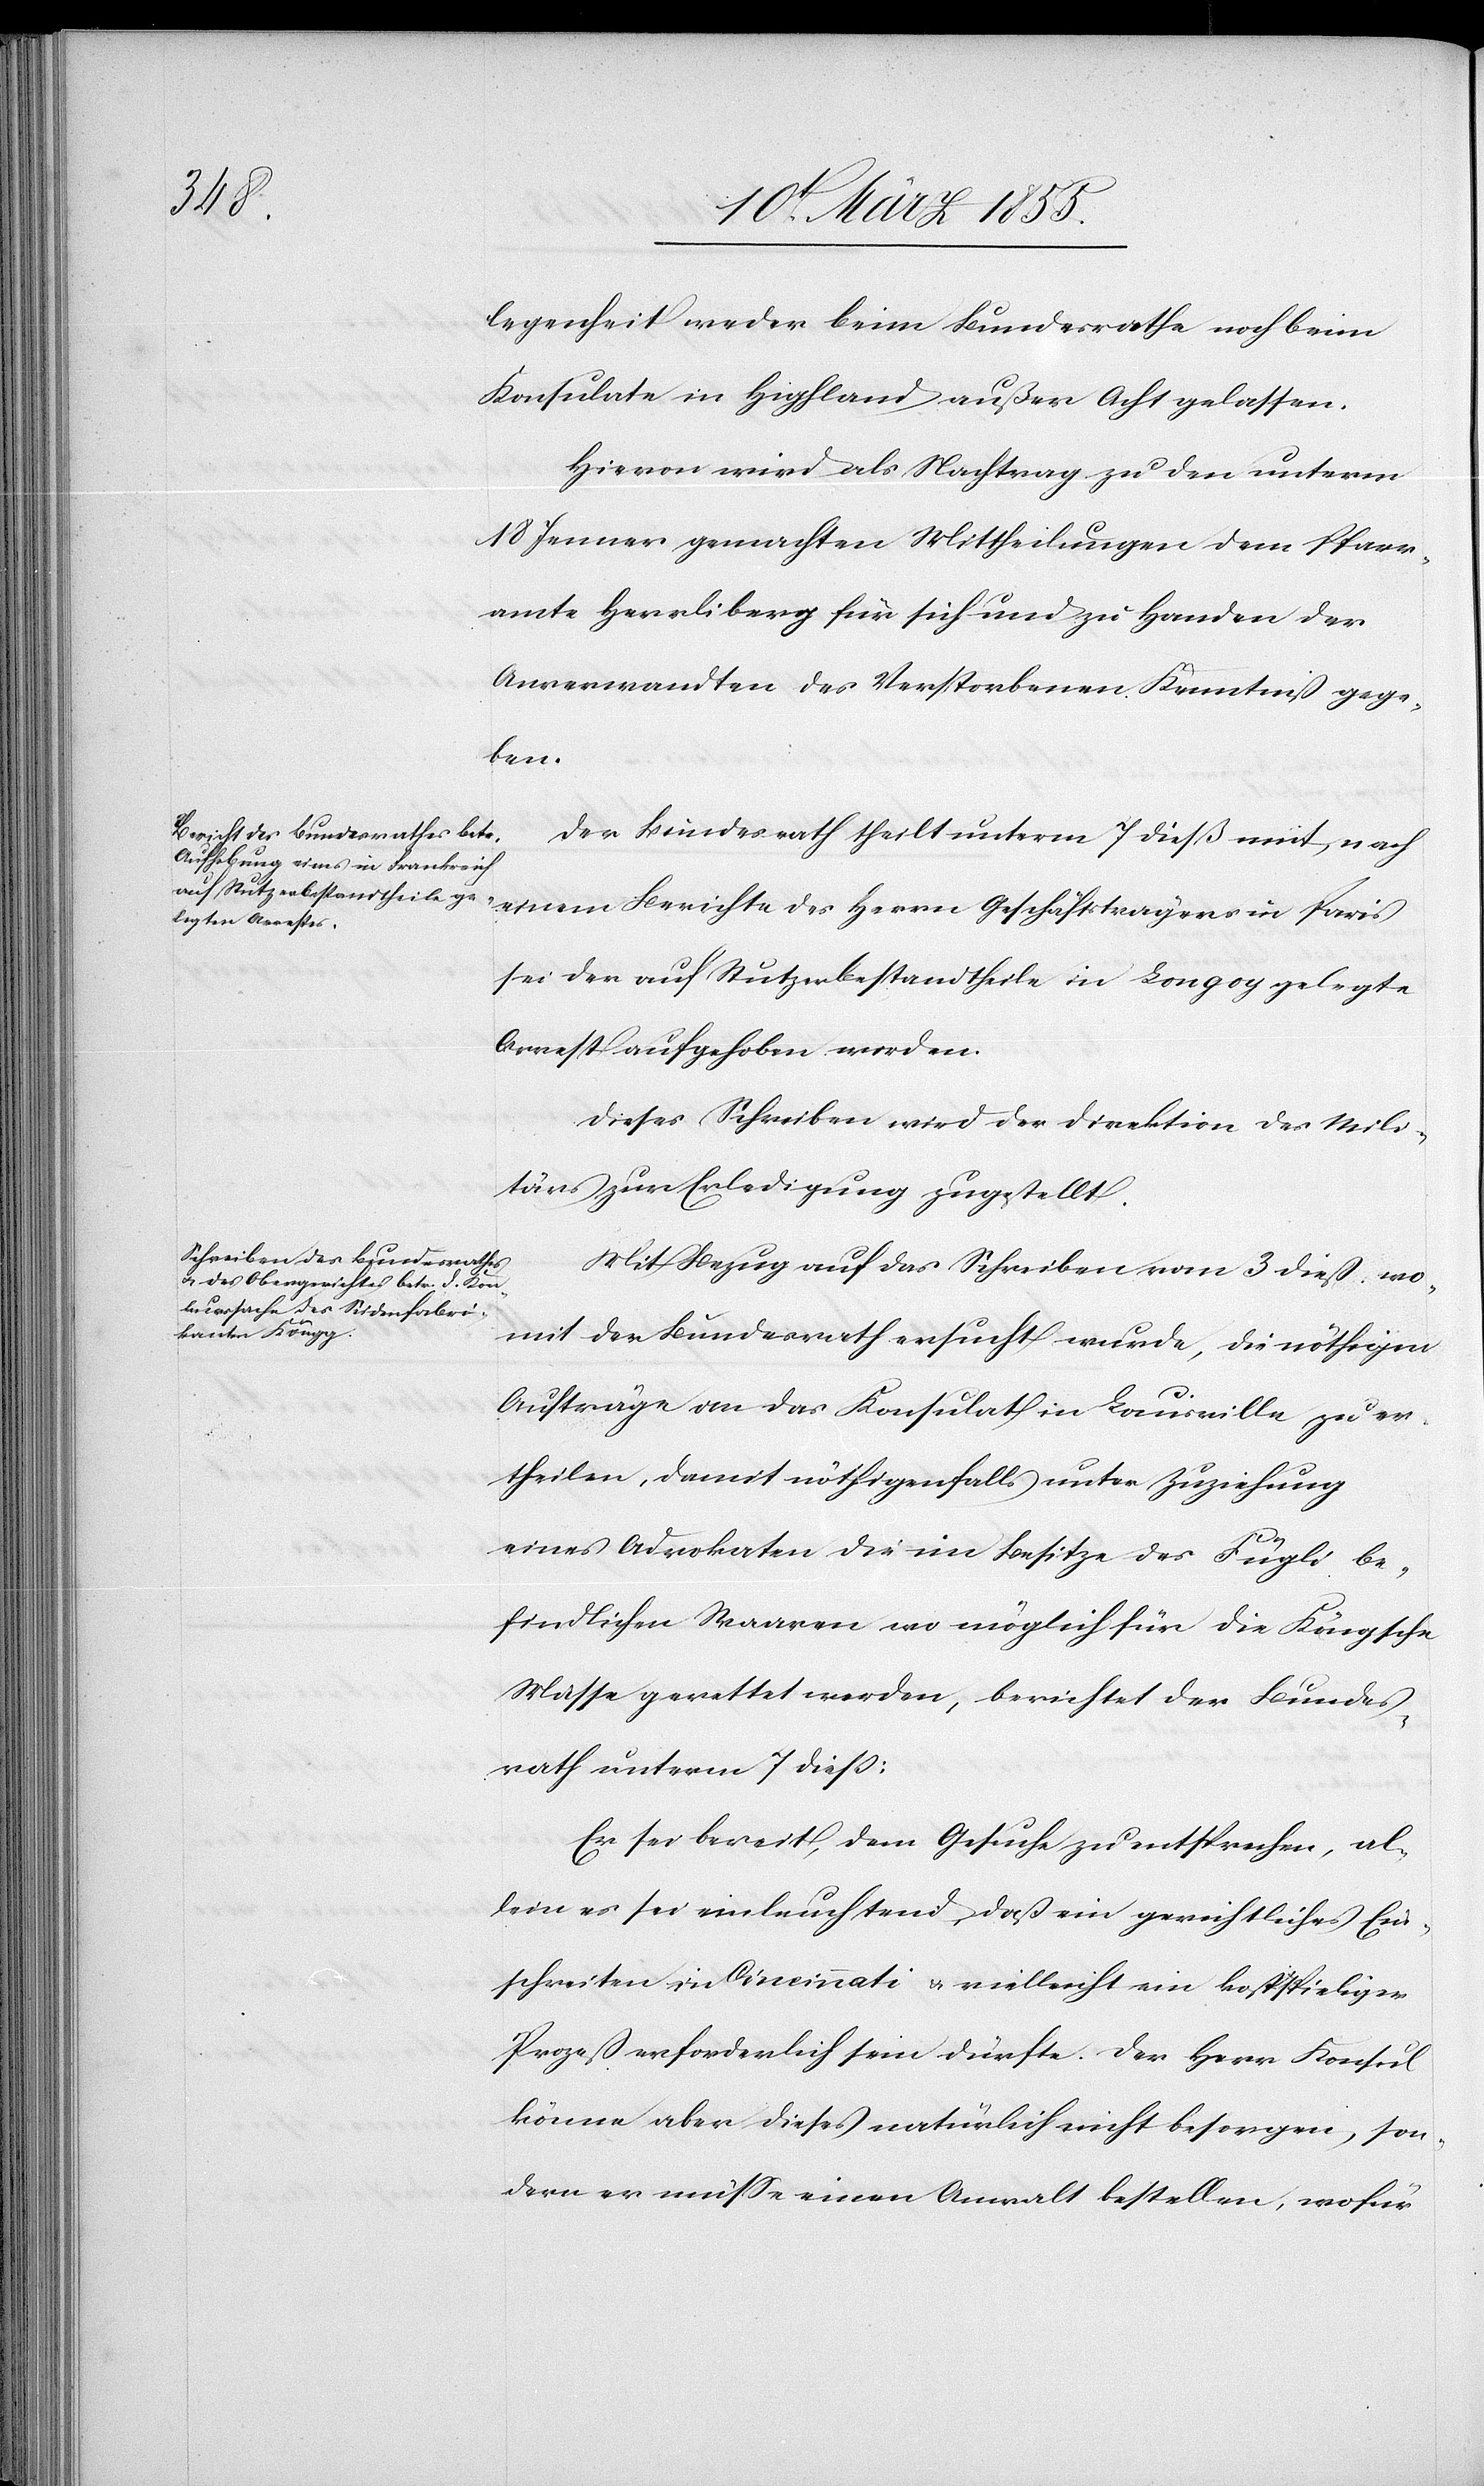
legenheit weder beim Bundesrathe noch beim
Konsulate in Highland außer Acht gelassen.
Hievon wird als Nachtrag zu den unterm
18 Jenner gemachten Mittheilungen dem Pfarr¬
amte Herrliberg für sich und zu Handen der
Anverwandten des Verstorbenen Kenntniß gege¬
ben.
Der Bundesrath theilt unterm 7 dieß mit, nach
einem Berichte des Herrn Geschäftsträgers in Paris
sei der auf Stutzerbestandtheile in Longoy gelegte
Arrest aufgehoben worden.
Dieses Schreiben wird der Direktion des Mili¬
tärs zur Erledigung zugestellt.
Mit Bezug auf das Schreiben vom 3 dieß wo¬
mit der Bundesrath ersucht wurde, die nöthigen
Aufträge an das Konsulat in Louisville zu er¬
theilen, damit nöthigenfalls unter Zuziehung
eines Advokaten die im Besitze des Fügli be¬
findlichen Waaren wo möglich für die Köngsche
Masse gerettet werden, berichtet der Bundes¬
rath unterm 7 dieß:
Er sei bereit, dem Gesuche zu entsprechen, al¬
lein es sei einleuchtend, daß ein gerichtliches Ein¬
schreiten in Cincinnati & vielleicht ein kostspieliger
Prozeß erforderlich sein dürfte. Der Herr Konsul
könne aber dieses natürlich nicht besorgen, son¬
dern er müsse einen Anwalt bestellen, wofür